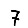
Digit: 7